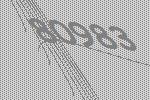
80983